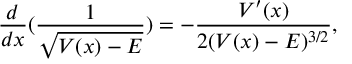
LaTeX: \frac { d } { d x } ( \frac { 1 } { \sqrt { V ( x ) - E } } ) = - \frac { V ^ { \prime } ( x ) } { 2 ( V ( x ) - E ) ^ { 3 / 2 } } ,